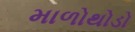
માળોથોડો